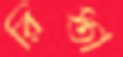
রিস্তা